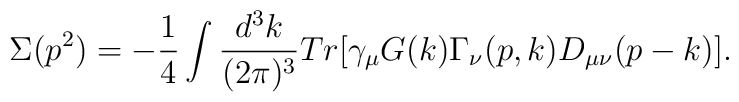
\Sigma(p^{2})=-\frac{1}{4}\int \frac{d^{3}k}{(2\pi )^{3}}Tr\lbrack\gamma_{\mu }G(k)\Gamma _{\nu }(p,k)D_{\mu \nu }(p-k)\rbrack.